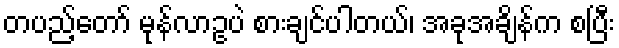
တပည့်တော် မုန်လာဥပဲ စားချင်ပါတယ်၊ အခုအချိန်က စပြီး